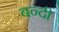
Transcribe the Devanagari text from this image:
बन्‍दी